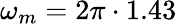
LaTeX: \omega_{m}=2\pi\cdot 1.43